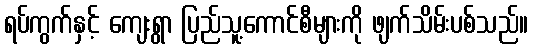
ရပ်ကွက်နှင့် ကျေးရွာ ပြည်သူ့ကောင်စီများကို ဖျက်သိမ်းပစ်သည်။